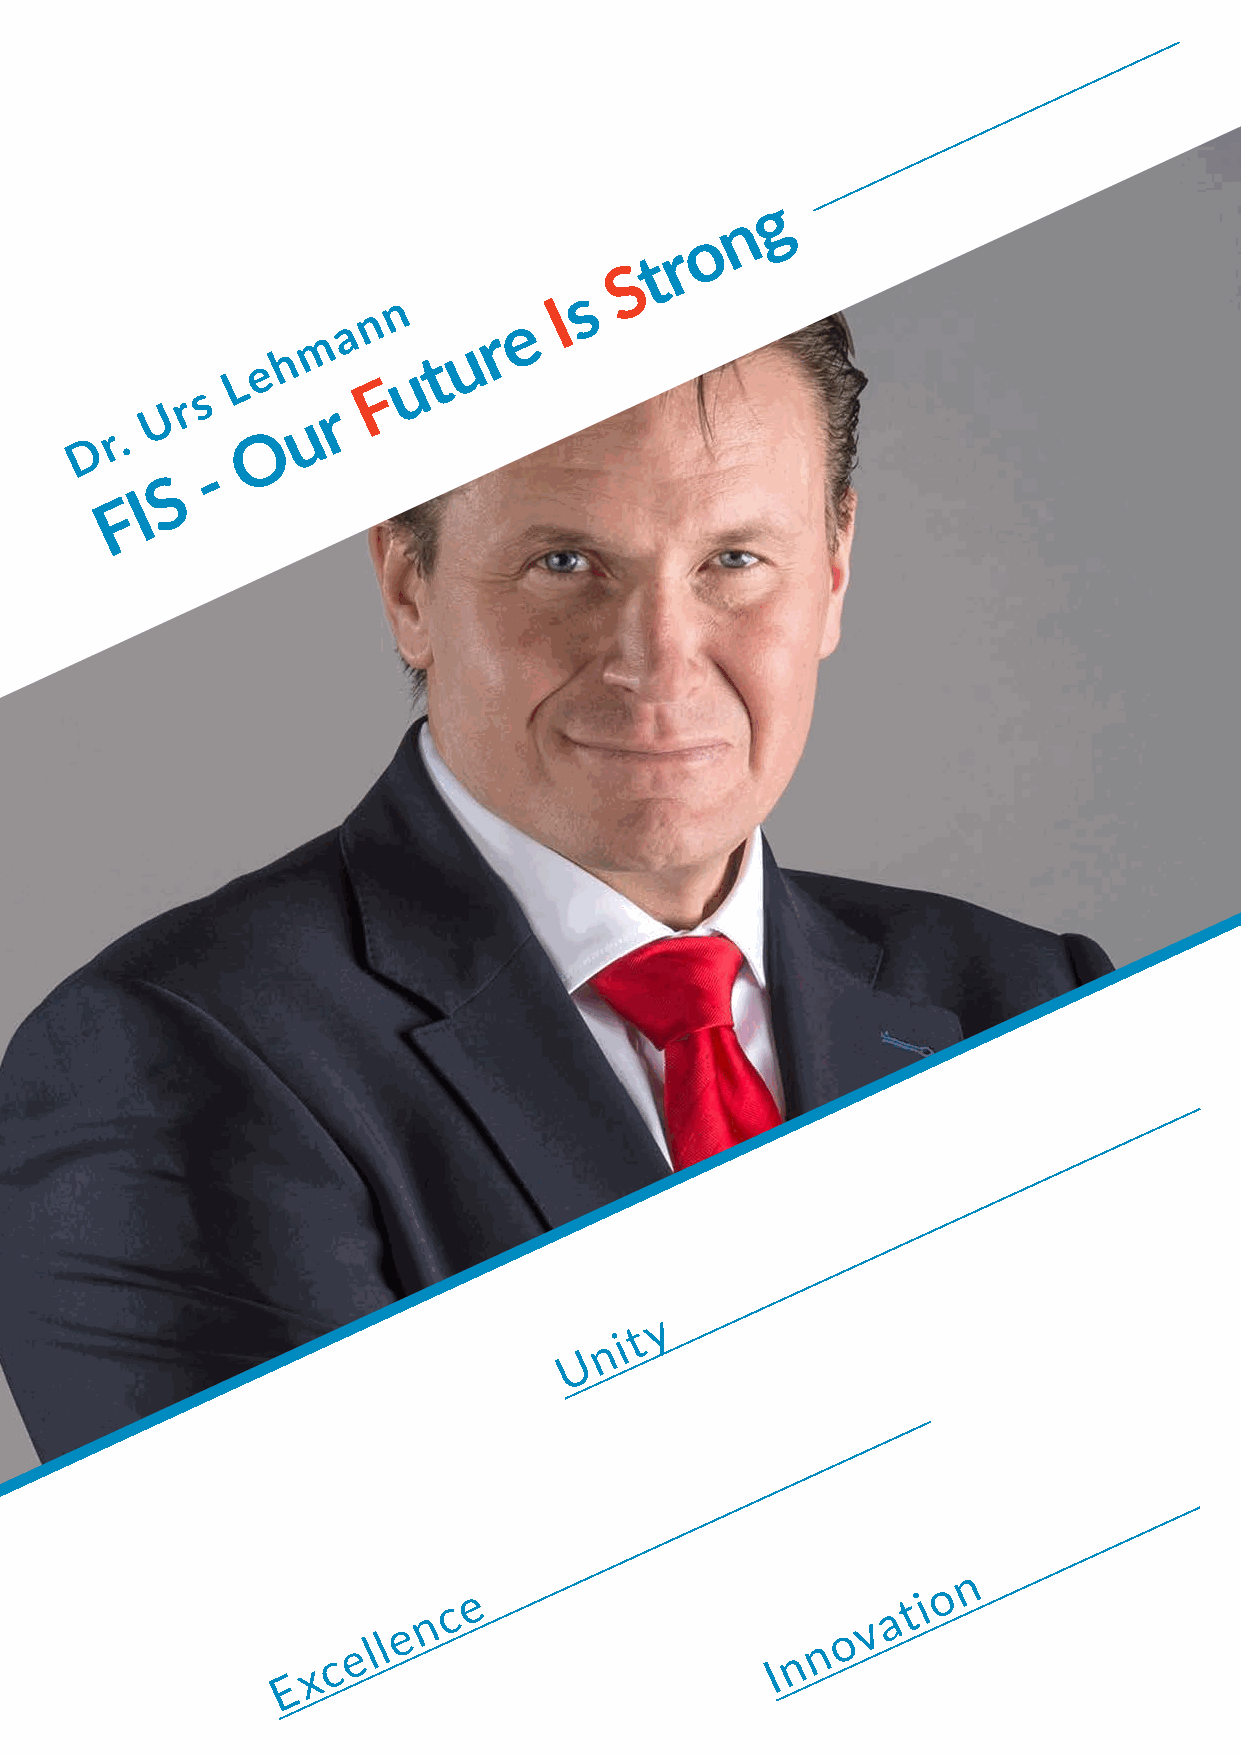
y
 t
 n i
 U
 n
 o
 n c e                          a t i
 e ll e                         n o v
 c                             n
 x                             I
 E